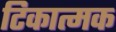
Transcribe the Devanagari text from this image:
टिकात्मक